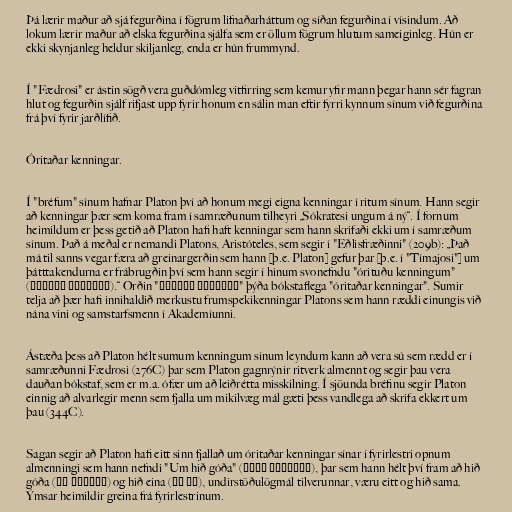
Þá lærir maður að sjá fegurðina í fögrum lifnaðarháttum og síðan fegurðina í vísindum. Að
lokum lærir maður að elska fegurðina sjálfa sem er öllum fögrum hlutum sameiginleg. Hún er
ekki skynjanleg heldur skiljanleg, enda er hún frummynd.

Í "Fædrosi" er ástin sögð vera guðdómleg vitfirring sem kemur yfir mann þegar hann sér fagran
hlut og fegurðin sjálf rifjast upp fyrir honum en sálin man eftir fyrri kynnum sínum við fegurðina
frá því fyrir jarðlífið.

Óritaðar kenningar.

Í "bréfum" sínum hafnar Platon því að honum megi eigna kenningar í ritum sínum. Hann segir
að kenningar þær sem koma fram í samræðunum tilheyri „Sókratesi ungum á ný“. Í fornum
heimildum er þess getið að Platon hafi haft kenningar sem hann skrifaði ekki um í samræðum
sínum. Það á meðal er nemandi Platons, Aristóteles, sem segir í "Eðlisfræðinni" (209b): „Það
má til sanns vegar færa að greinargerðin sem hann [þ.e. Platon] gefur þar [þ.e. í "Tímajosi"] um
þátttakendurna er frábrugðin því sem hann segir í hinum svonefndu "órituðu kenningum"
(ἄγραφα δόγματα).“ Orðin "ἄγραφα δόγματα" þýða bókstaflega "óritaðar kenningar". Sumir
telja að þær hafi innihaldið merkustu frumspekikenningar Platons sem hann ræddi einungis við
nána vini og samstarfsmenn í Akademíunni.

Ástæða þess að Platon hélt sumum kenningum sínum leyndum kann að vera sú sem rædd er í
samræðunni Fædrosi (276C) þar sem Platon gagnrýnir ritverk almennt og segir þau vera
dauðan bókstaf, sem er m.a. ófær um að leiðrétta misskilning. Í sjöunda bréfinu segir Platon
einnig að alvarlegir menn sem fjalla um mikilvæg mál gæti þess vandlega að skrifa ekkert um
þau (344C).

Sagan segir að Platon hafi eitt sinn fjallað um óritaðar kenningar sínar í fyrirlestri opnum
almenningi sem hann nefndi "Um hið góða" (Περὶ τἀγαθοῦ), þar sem hann hélt því fram að hið
góða (τὸ ἀγαθόν) og hið eina (τὸ ἕν), undirstöðulögmál tilverunnar, væru eitt og hið sama.
Ýmsar heimildir greina frá fyrirlestrinum.